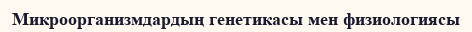
Микроорганизмдардың генетикасы мен физиологиясы